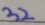
3 2